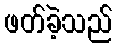
ဖတ်ခဲ့သည်